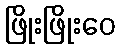
ဖြိုးဖြိုးဝေ